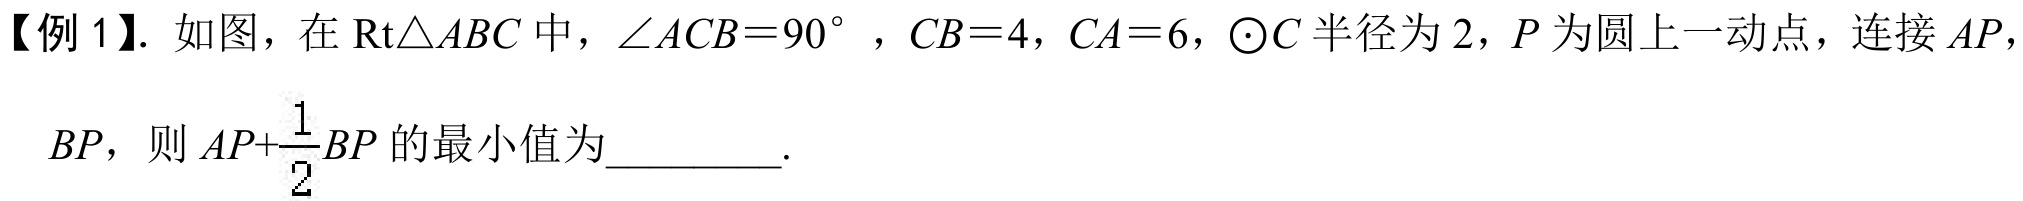
【例 1】. 如图，在\(\text{Rt}\triangle ABC\)中，\(\angle ACB = 90^{\circ}\)，\(CB = 4\)，\(CA = 6\)，\(\odot C\)半径为\(2\)，\(P\)为圆上一动点，连接\(AP\)，\(BP\)，则\(AP+\dfrac{1}{2}BP\)的最小值为  ．